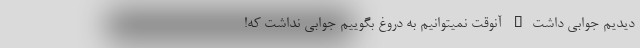
دیدیم جوابی داشت… آنوقت نمیتوانیم به دروغ بگوییم جوابی نداشت که!